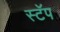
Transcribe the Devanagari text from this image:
स्टॅप